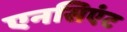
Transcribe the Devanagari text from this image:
एनसिएंट